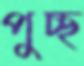
পুচ্ছ